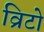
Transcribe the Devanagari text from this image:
व्रिटो